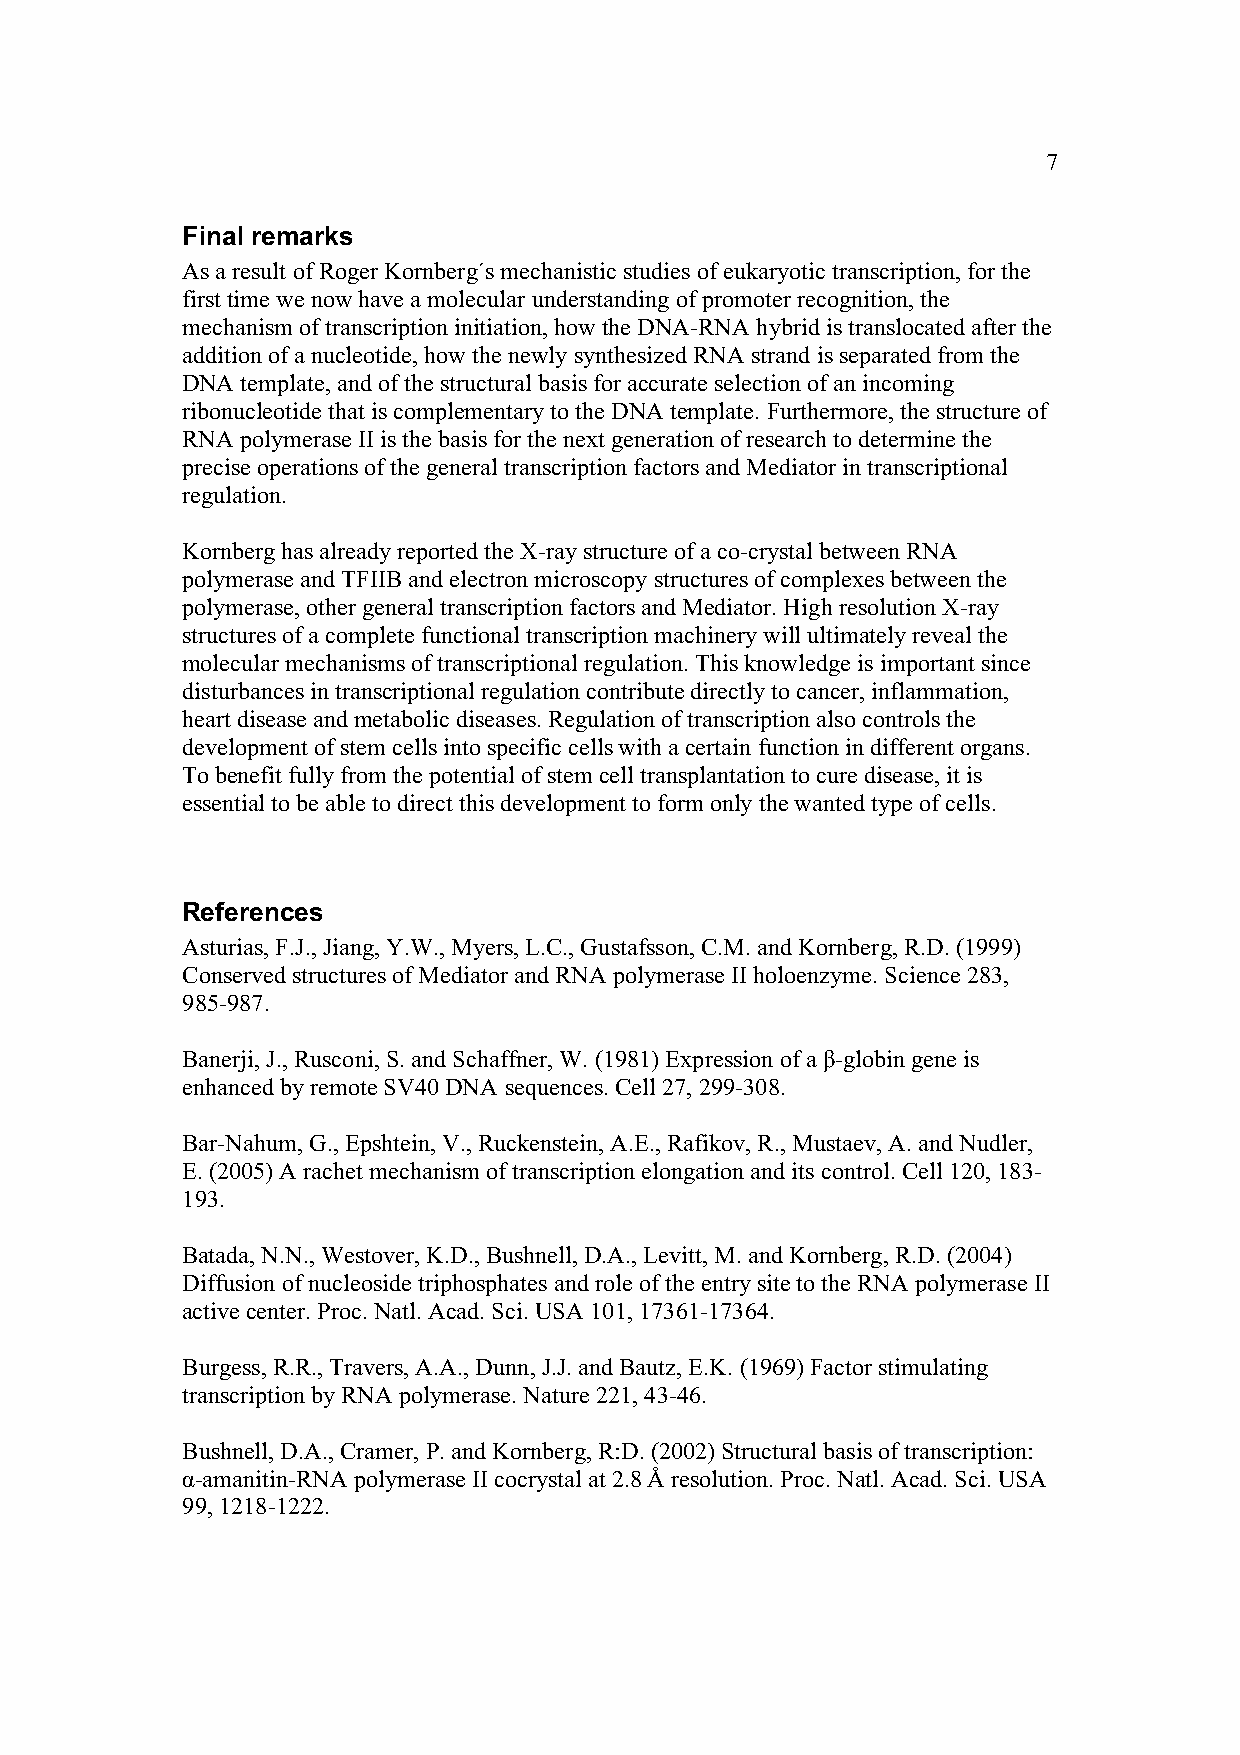
7
 Final remarks
 As a result of Roger Kornberg´s mechanistic studies of eukaryotic transcription, for the
 first time we now have a molecular understanding of promoter recognition, the
 mechanism of transcription initiation, how the DNA-RNA hybrid is translocated after the
 addition of a nucleotide, how the newly synthesized RNA strand is separated from the
 DNA template, and of the structural basis for accurate selection of an incoming
 ribonucleotide that is complementary to the DNA template. Furthermore, the structure of
 RNA polymerase II is the basis for the next generation of research to determine the
 precise operations of the general transcription factors and Mediator in transcriptional
 regulation.
 Kornberg has already reported the X-ray structure of a co-crystal between RNA
 polymerase and TFIIB and electron microscopy structures of complexes between the
 polymerase, other general transcription factors and Mediator. High resolution X-ray
 structures of a complete functional transcription machinery will ultimately reveal the
 molecular mechanisms of transcriptional regulation. This knowledge is important since
 disturbances in transcriptional regulation contribute directly to cancer, inflammation,
 heart disease and metabolic diseases. Regulation of transcription also controls the
 development of stem cells into specific cells with a certain function in different organs.
 To benefit fully from the potential of stem cell transplantation to cure disease, it is
 essential to be able to direct this development to form only the wanted type of cells.
 References
 Asturias, F.J., Jiang, Y.W., Myers, L.C., Gustafsson, C.M. and Kornberg, R.D. (1999)
 Conserved structures of Mediator and RNA polymerase II holoenzyme. Science 283,
 985-987.
 Banerji, J., Rusconi, S. and Schaffner, W. (1981) Expression of a β-globin gene is
 enhanced by remote SV40 DNA sequences. Cell 27, 299-308.
 Bar-Nahum, G., Epshtein, V., Ruckenstein, A.E., Rafikov, R., Mustaev, A. and Nudler,
 E. (2005) A rachet mechanism of transcription elongation and its control. Cell 120, 183-
 193.
 Batada, N.N., Westover, K.D., Bushnell, D.A., Levitt, M. and Kornberg, R.D. (2004)
 Diffusion of nucleoside triphosphates and role of the entry site to the RNA polymerase II
 active center. Proc. Natl. Acad. Sci. USA 101, 17361-17364.
 Burgess, R.R., Travers, A.A., Dunn, J.J. and Bautz, E.K. (1969) Factor stimulating
 transcription by RNA polymerase. Nature 221, 43-46.
 Bushnell, D.A., Cramer, P. and Kornberg, R:D. (2002) Structural basis of transcription:
 α-amanitin-RNA polymerase II cocrystal at 2.8 Å resolution. Proc. Natl. Acad. Sci. USA
 99, 1218-1222.